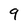
Character: 9